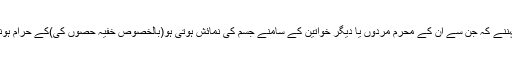
 اس مؤقف کے دلائل عورتوں کے چھوٹے ،باریک اور تنگ لباس پہننے کہ جن سے ان کے محرم مردوں یا دیگر خواتین کے سامنے جسم کی نمائش ہوتی ہو(بالخصوص خفیہ حصوں کی)کے حرام ہونے پر نقل وعقل شاہد ہیں،کتاب وسنت سے بکثرت دلائل موجود ہیں۔